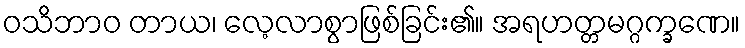
ဝသိဘာဝ တာယ၊ လေ့လာစွာဖြစ်ခြင်း၏။ အရဟတ္တမဂ္ဂက္ခဏေ။